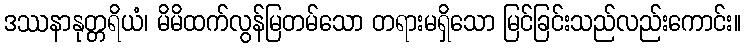
ဒဿနာနုတ္တရိယံ၊ မိမိထက်လွန်မြတမ်သော တရားမရှိသော မြင်ခြင်းသည်လည်းကောင်း။